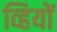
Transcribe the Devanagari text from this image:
व्हियों